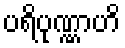
ပရိပုဏ္ဏာဟိ